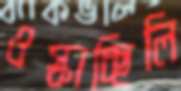
ওস্‌কাচ্ছিলি